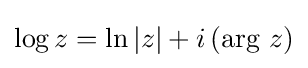
\log {z}=\ln {|z|}+i\left(\mathrm {arg} \ z\right)